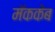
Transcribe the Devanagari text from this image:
मॅककेब